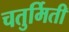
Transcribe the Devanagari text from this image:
चतुर्मिती